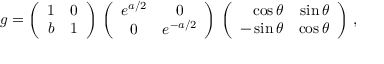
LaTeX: g = \left( \begin{array} { c c } { { 1 } } & { { 0 } } \\ { { b } } & { { 1 } } \end{array} \right) \, \left( \begin{array} { c c } { { e ^ { a / 2 } } } & { { 0 } } \\ { { 0 } } & { { e ^ { - a / 2 } } } \end{array} \right) \, \left( \begin{array} { r r } { { \cos \theta } } & { { \sin \theta } } \\ { { - \sin \theta } } & { { \cos \theta } } \end{array} \right) \, ,